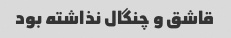
قاشق و چنگال نذاشته بود